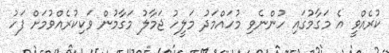
ކުރެއްވީ އެ މަގާމުގައި ހުންނެވި މުހައްމަދު މަލީހު ޖަމާލު މަގާމުން ވަކިކުރެއްވުމަށް ފަހު